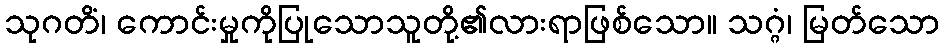
သုဂတိံ၊ ကောင်းမှုကိုပြုသောသူတို့၏လားရာဖြစ်သော။ သဂ္ဂံ၊ မြတ်သော